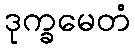
ဒုက္ခမေတံ